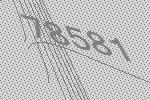
78581